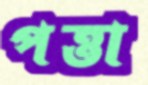
পত্তা